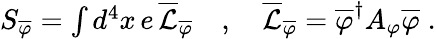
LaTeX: \begin{array}{r}{S_{\overline{{\varphi}}}=\int d^{4}x\, e\, \overline{{\mathcal{L}}}_{\overline{{\varphi}}}\quad,\quad\overline{{\mathcal{L}}}_{\overline{{\varphi}}}=\overline{{\varphi}}^{\dagger}A_{\varphi}\overline{{\varphi}}\; .}\end{array}